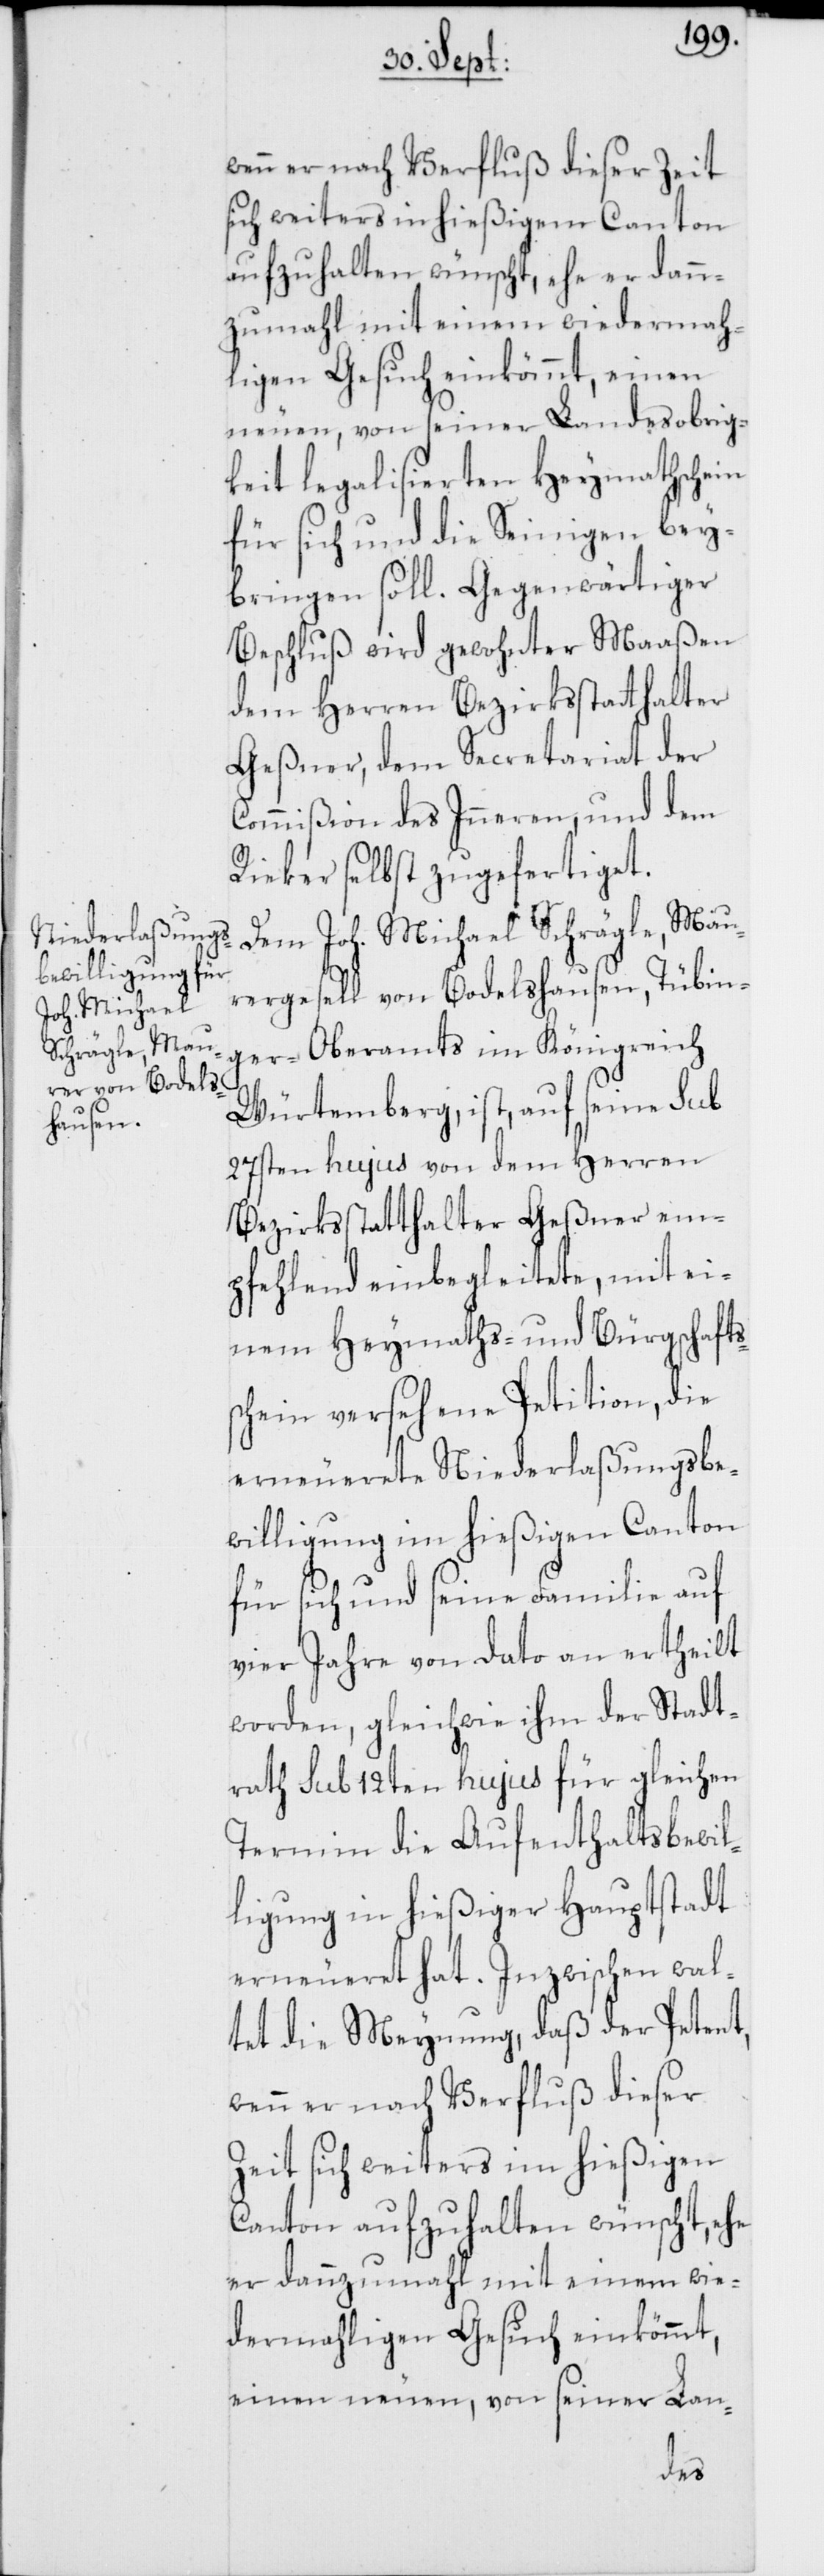
wenn er nach Verfluß dieser Zeit
sich weiters in hießigem Canton
aufzuhalten wünscht, ehe er dann¬
zumahl mit einem wiedermah¬
ligen Gesuch einkömmt, einen
neuen, von seiner Landesobrig¬
keit legalisierten Heymathschein
für sich und die Seinigen bey¬
bringen soll. Gegenwärtiger
Beschluß wird gewohnter Maaßen
dem Herren Bezirksstatthalter
Geßner, dem Secretariat der
Commißion des Inneren, und dem
Rieker selbst zugefertiget.
Dem Joh. Michael Schrägle, Mau¬
rergesell von Bodelshausen, Tübin¬
ger-Oberamts im Königreich
Würtemberg, ist, auf seine sub
27sten hujus von dem Herren
Bezirksstatthalter Geßner em¬
pfehlend einbegleitete, mit ei¬
nem Heymaths- und Bürgschafts¬
schein versehene Petition, die
erneuerete Niederlaßungsbe¬
willigung im hießigen Canton
für sich und seine Familie auf
vier Jahre von Dato an ertheilt
worden, gleichwie ihm der Stadt¬
rath sub 12ten hujus für gleichen
Termin die Aufenthaltsbewil¬
ligung in hießiger Hauptstadt
erneueret hat. Inzwischen wal¬
tet die Meynung, daß der Petent,
wenn er nach Verfluß dieser
Zeit sich weiters im hießigen
Canton aufzuhalten wünscht, ehe
er dannzumahl mit einem wie¬
dermahligen Gesuch einkömmt,
einen neuen, von seiner Lan-